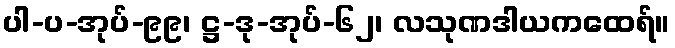
ပါ-ပ-အုပ်-၉၉၊ ဋ္ဌ-ဒု-အုပ်-၆၂၊ လသုဏဒါယကထေရ်။